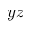
y z